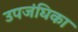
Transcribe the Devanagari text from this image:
उपजंघिका